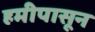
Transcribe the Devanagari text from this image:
हमीपासून